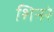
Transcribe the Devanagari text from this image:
शिनरे